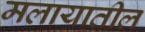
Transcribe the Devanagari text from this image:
मलायातील